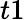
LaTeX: t1